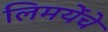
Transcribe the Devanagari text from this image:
लिमयेंंचे